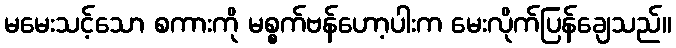
မမေးသင့်သော စကားကို မစ္စက်ဗန်ဟော့ပါးက မေးလိုက်ပြန်ချေသည်။